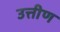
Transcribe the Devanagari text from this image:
उत्तीण